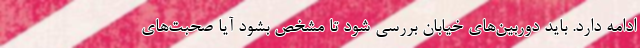
ادامه دارد. باید دوربین‌های خیابان بررسی شود تا مشخص بشود آیا صحبت‌های